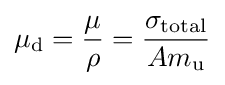
\mu _{\text{d}}={\frac {\mu }{\rho }}={\frac {\sigma _{\text{total}}}{Am_{\text{u}}}}